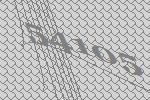
54105